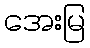
အေးမြ